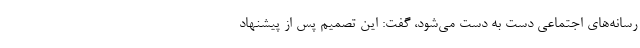
رسانه‌های اجتماعی دست به دست می‌شود، گفت: این تصمیم پس از پیشنهاد